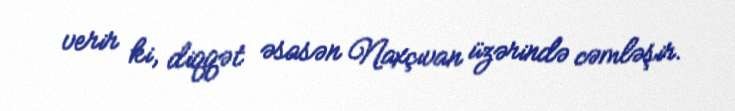
verir ki, diqqət əsasən Naxçıvan üzərində cəmləşir.